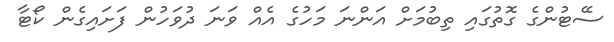
ސޭޓުންގެ ގޮތުގައި ތިބުމަށް އަންނަ މަހުގެ އެއް ވަނަ ދުވަހުން ފަށައިގެން ކޯޓާ